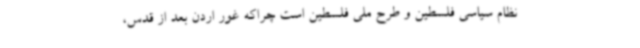
نظام سیاسی فلسطین و طرح ملی فلسطین است چراکه غور اردن بعد از قدس،